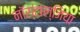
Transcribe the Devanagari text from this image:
नॉस्टाल्जिया